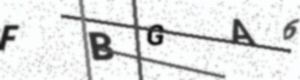
Text: FBGA6